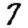
Digit: 7